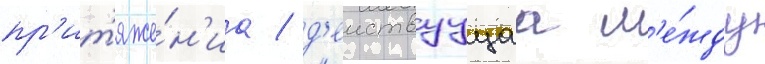
пр'ит'яже́н'иа / д'еиствуущаа м'е́жду